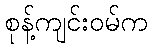
စုန့်ကျင်းဝမ်က